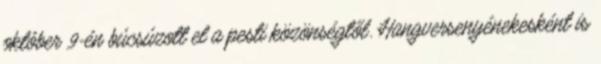
október 9-én búcsúzott el a pesti közönségtől. Hangversenyénekesként is